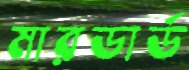
মারডার্ড